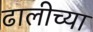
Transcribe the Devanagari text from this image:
ढालीच्या